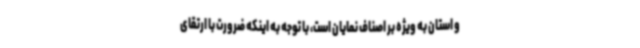
و استان به ویژه بر اصناف نمایان است، با توجه به اینکه ضرورت با ارتقای